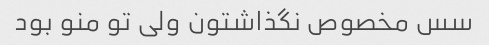
سس مخصوص نگذاشتون ولی تو منو بود